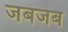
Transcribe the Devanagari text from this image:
जबजब